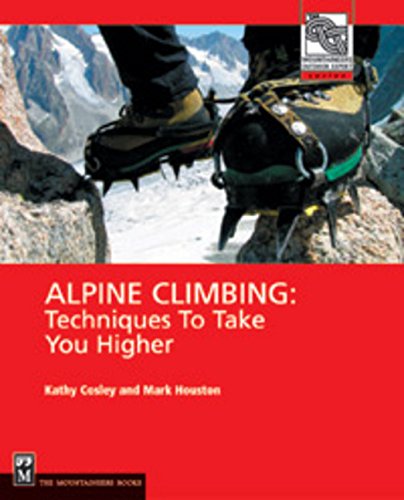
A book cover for Alpine Climbing: Techniques to Take You Higher (Mountaineers Outdoor Expert); Mark Houston; Sports & Outdoors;